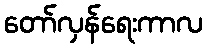
တော်လှန်ရေးကာလ